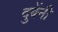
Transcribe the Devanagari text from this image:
दुबेंनी